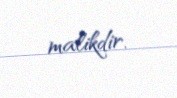
malikdir.